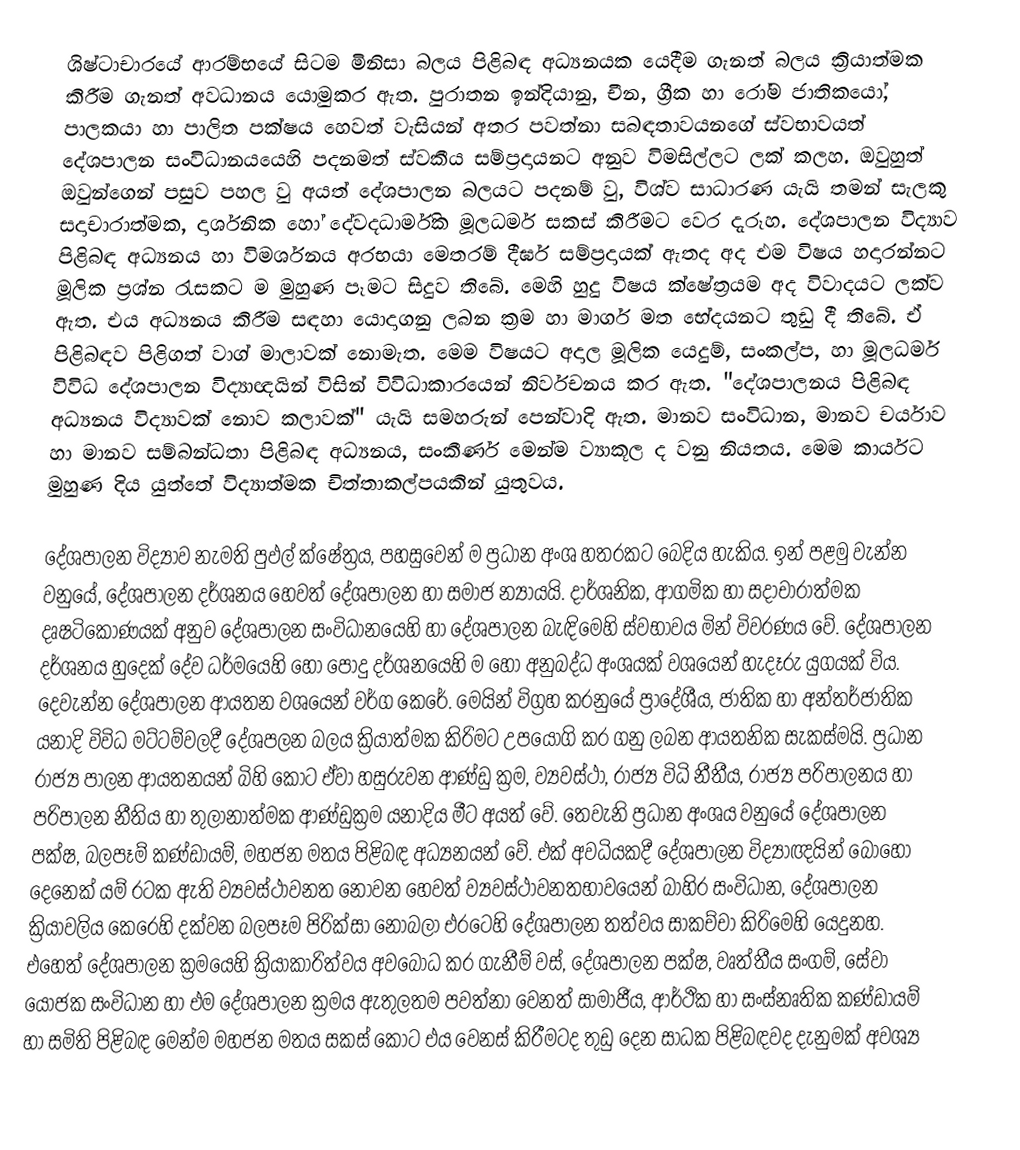
ශිෂ්ටාචාරයේ ආරම්භයේ සිටම මිනිසා බලය පිළිබඳ අධ්‍යනයක යෙදීම ගැනත් බලය ක්‍රියාත්මක කිරීම ගැනත් අවධානය යොමුකර ඇත. පුරාතන ඉන්දියානු, චීන, ග්‍රීක හා රෝම ජාතිකයෝ, පාලකයා හා පාලිත පක්ෂය හෙවත් වැසියන් අතර පවත්නා සබඳතාවයනගේ ස්වභාවයත් දේශපාලන සංවිධානයයෙහි පදනමත් ස්වකීය සම්ප්‍රදායනට අනුව විමසිල්ලට ලක් කලහ. ඔවුහුත් ඔවුන්ගෙන් පසුව පහල වු අයත් දේශපාලන බලයට පදනම් වු, විශ්ව සාධාරණ යැයි තමන් සැලකු සදාචාරාත්මක, දාර්ශනික හෝ දේවදධාර්මික මූලධර්ම සකස් කිරීමට වෙර දැරූහ. දේශපාලන විද්‍යාව පිළිබඳ අධ්‍යනය හා විමර්ශනය අරභයා මෙතරම් දීර්ඝ සම්ප්‍රදායක් ඇතද අද එම විෂය හදාරන්නට මූලික ප්‍රශ්න රැසකට ම මුහුණ පෑමට සිදුව තිබේ. මෙහි හුදු විෂය ක්ෂේත්‍රයම අද විවාදයට ලක්ව ඇත. එය අධ්‍යනය කිරීම සඳහා යොදාගනු ලබන ක්‍රම හා මාර්ග මත භේදයනට තුඩු දී තිබේ. ඒ පිළිබඳව පිළිගත් වාග් මාලාවක් නොමැත. මෙම විෂයට අදාල මූලික යෙදුම්, සංකල්ප, හා මූලධර්ම විවිධ දේශපාලන විද්‍යාඥයින් විසින් විවිධාකාරයෙන් නිර්වචනය කර ඇත. "දේශපාලනය පිළිබඳ අධ්‍යනය විද්‍යාවක් නොව කලාවක්" යැයි සමහරුන් පෙන්වාදි ඇත. මානව සංවිධාන, මානව චර්යාව හා මානව සම්බන්ධතා පිළිබඳ අධ්‍යනය, සංකීර්ණ මෙන්ම ව්‍යාකූල ද වනු නියතය. මෙම කාර්යට මුහුණ දිය යුත්තේ විද්‍යාත්මක චිත්තාකල්පයකින් යුතුවය.

දේශපාලන විද්‍යාව නැමති පුඵල් ක්ෂේත්‍රය, පහසුවෙන් ම ප්‍රධාන අංශ හතරකට බෙදිය හැකිය. ඉන් පළමු වැන්න වනුයේ, දේශපාලන දර්ශනය හෙවත් දේශපාලන හා සමාජ න්‍යායයි. දාර්ශනික, ආගමික හා සදාචාරාත්මක දෘෂටිකෝණයක් අනුව දේශපාලන සංවිධානයෙහි හා දේශපාලන බැඳිමෙහි ස්වභාවය මින් විවරණය වේ. දේශපාලන දර්ශනය හුදෙක් දේව ධර්මයෙහි හෝ පොදු දර්ශනයෙහි ම හෝ අනුබද්ධ අංශයක් වශයෙන් හැදෑරු යුගයක් විය. දෙවැන්න දේශපාලන ආයතන වශයෙන් වර්ග කෙරේ. මෙයින් විග්‍රහ කරනුයේ ප්‍රාදේශීය, ජාතික හා අන්තර්ජාතික යනාදි විවිධ මට්ටම්වලදී දේශපලන බලය ක්‍රියාත්මක කිරිමට උපයෝගි කර ගනු ලබන ආයතනික සැකස්මයි. ප්‍රධාන රාජ්‍ය පාලන ආයතනයන් බිහි කොට ඒවා හසුරුවන ආණ්ඩු ක්‍රම, ව්‍යවස්ථා, රාජ්‍ය විධි නීතීය, රාජ්‍ය පරිපාලනය හා පරිපාලන නීතිය හා තුලානාත්මක ආණ්ඩුක්‍රම යනාදිය මීට අයත් වේ. තෙවැනි ප්‍රධාන අංශය වනුයේ දේශපාලන පක්ෂ, බලපෑම් කණ්ඩායම්, මහජන මතය පිළිබඳ අධ්‍යනයන් වේ. එක් අවධියකදී දේශපාලන විද්‍යාඥයින් බොහෝ දෙනෙක් යම් රටක ඇති ව්‍යවස්ථාවනත නොවන හෙවත් ව්‍යවස්ථාවනතභාවයෙන් බාහිර සංවිධාන, දේශපාලන ක්‍රියාවලිය කෙරෙහි දක්වන බලපෑම පිරික්සා නොබලා එරටෙහි දේශපාලන තත්වය සාකච්චා කිරිමෙහි යෙදුනහ. එහෙත් දේශපාලන ක්‍රමයෙහි ක්‍රියාකාරිත්වය අවබෝධ කර ගැනීම් වස්, දේශපාලන පක්ෂ, වෘත්තීය සංගම්, සේවා යෝජක සංවිධාන හා එම දේශපාලන ක්‍රමය ඇතුලතම පවත්නා වෙනත් සාමාජීය, ආර්ථික හා සංස්නෘතික කණ්ඩායම් හා සමිති පිළිබඳ මෙන්ම මහජන මතය සකස් කොට එය වෙනස් කිරීමටද තුඩු දෙන සාධක පිළිබඳවද දැනුමක් අවශ්‍ය